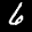
Label: 6